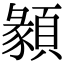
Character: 𩔂